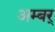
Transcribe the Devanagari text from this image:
अम्बर्